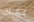
يمكنك